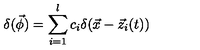
\delta ( \vec { \phi } ) = \sum _ { i = 1 } ^ { l } c _ { i } \delta ( \vec { x } - \vec { z } _ { i } ( t ) )